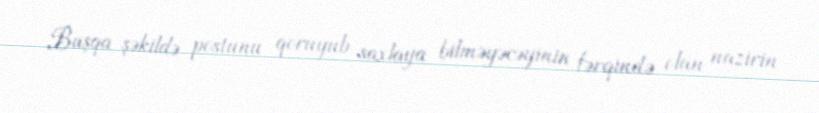
Başqa şəkildə postunu qoruyub saxlaya bilməyəcəyinin fərqində olan nazirin